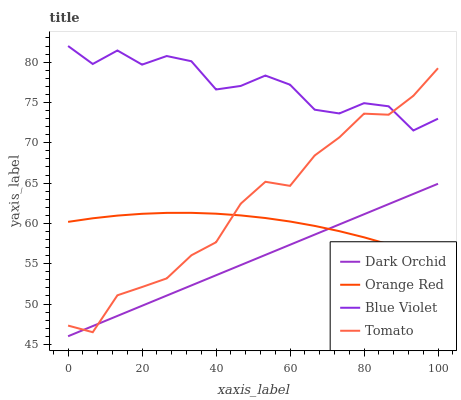
| xaxis_label | Dark Orchid | Orange Red | Blue Violet | Tomato |
 | --- | --- | --- | --- | --- |
 | 0 | 46 | 60.2 | 82 | 47.3 |
 | 6.67 | 47.3 | 60.6 | 79.8 | 46.5 |
 | 13.3 | 48.5 | 61 | 81.4 | 51.1 |
 | 20 | 49.8 | 61.2 | 79.7 | 52.1 |
 | 26.7 | 51 | 61.3 | 80.8 | 53.2 |
 | 33.3 | 52.3 | 61.3 | 80.1 | 56 |
 | 40 | 53.6 | 61.2 | 76.6 | 57.7 |
 | 46.7 | 54.8 | 61 | 77 | 62.4 |
 | 53.3 | 56.1 | 60.7 | 78.3 | 65.2 |
 | 60 | 57.3 | 60.2 | 77.2 | 64.7 |
 | 66.7 | 58.6 | 59.7 | 74.1 | 68.4 |
 | 73.3 | 59.9 | 59 | 73.6 | 70.7 |
 | 80 | 61.1 | 58.3 | 74.9 | 73.6 |
 | 86.7 | 62.4 | 57.4 | 74.5 | 73.5 |
 | 93.3 | 63.7 | 56.4 | 71.5 | 75.8 |
 | 100 | 64.9 | 55.3 | 73 | 79.2 |